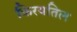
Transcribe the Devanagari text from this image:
किरयतिल